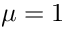
\mu = 1